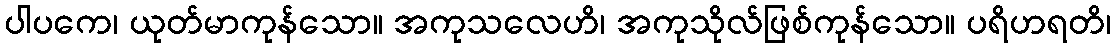
ပါပကေ၊ ယုတ်မာကုန်သော။ အကုသလေဟိ၊ အကုသိုလ်ဖြစ်ကုန်သော။ ပရိဟရတိ၊